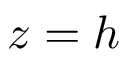
z = h